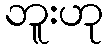
ဘူးဟု